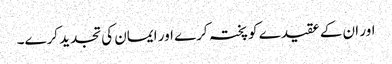
اور ان کے عقیدے کو پختہ کرے اور ایمان کی تجدید کرے۔